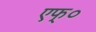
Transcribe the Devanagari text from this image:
एफ्०